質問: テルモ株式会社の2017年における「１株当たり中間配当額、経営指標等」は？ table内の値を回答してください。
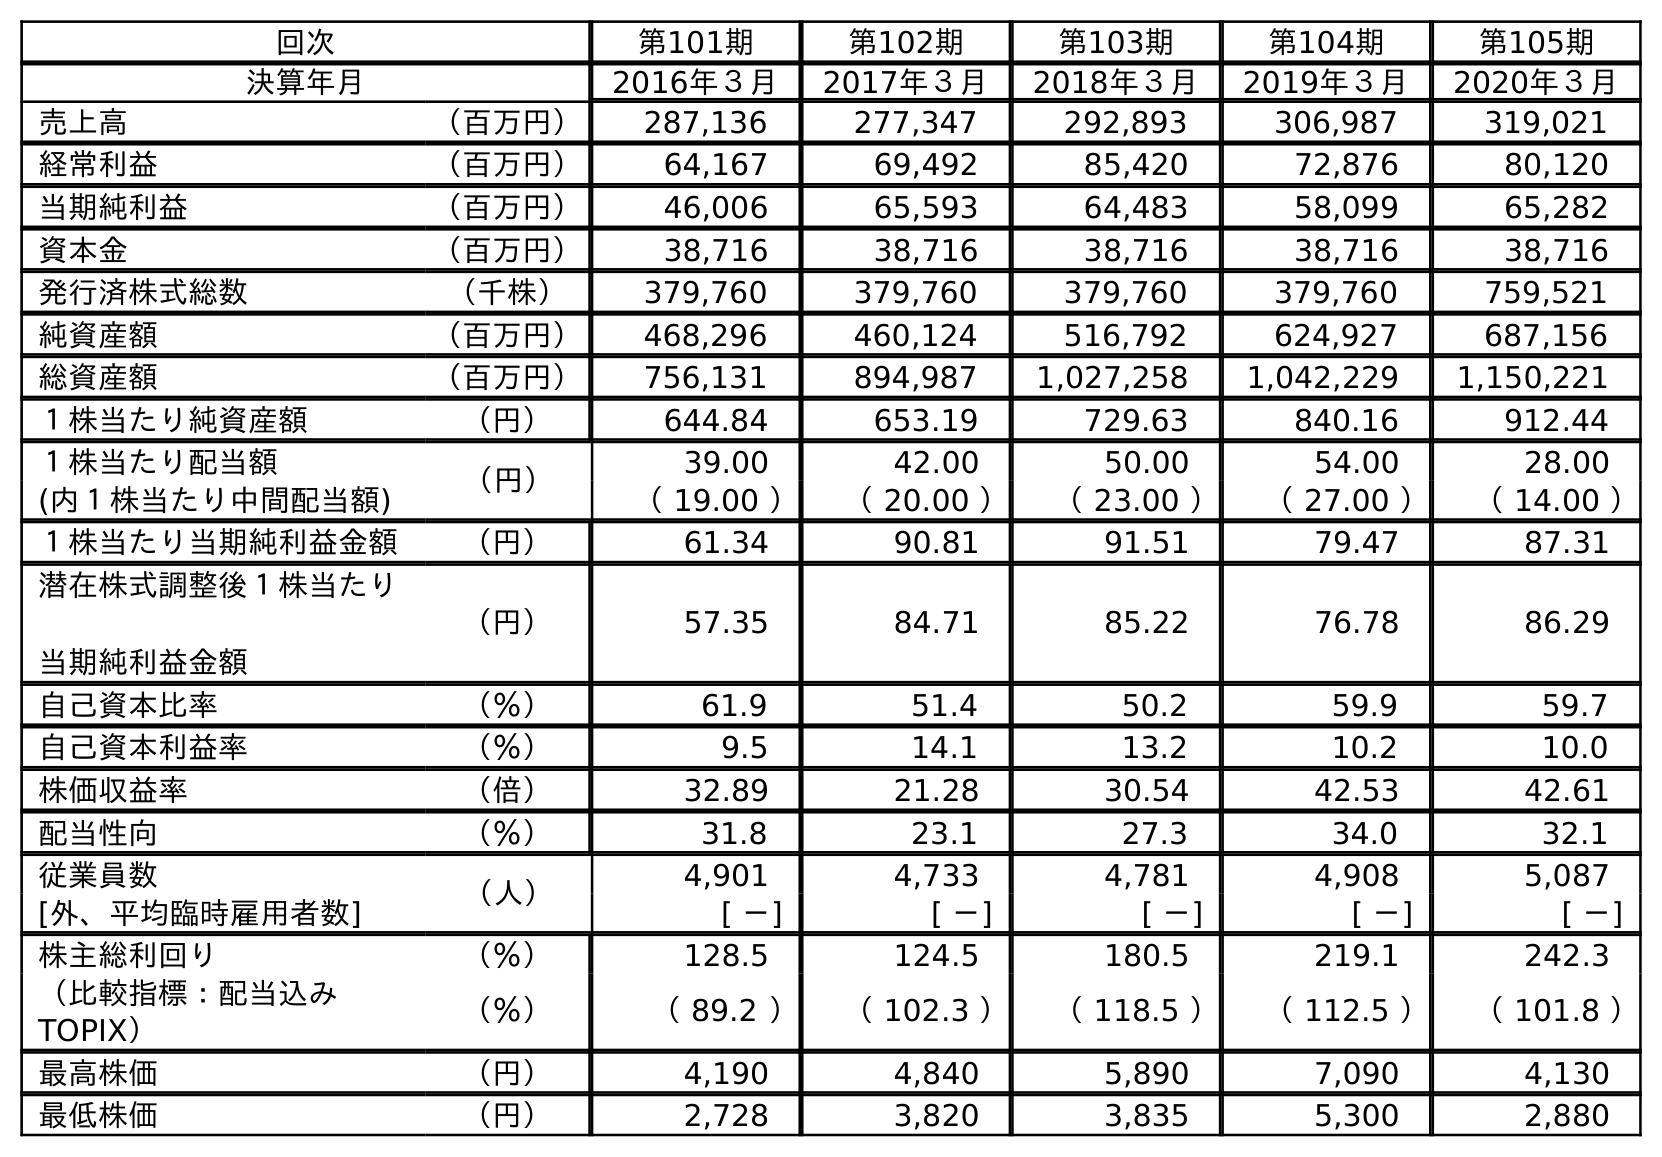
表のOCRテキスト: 回次 第101期 第102期 第103期 第104期 第105期 決算年月 2016年３月 2017年３月 2018年３月 2019年３月 2020年３月 売上高 （百万円） 287,136 277,347 292,893 306,987 319,021 経常利益 （百万円） 64,167 69,492 85,420 72,876 80,120 当期純利益 （百万円） 46,006 65,593 64,483 58,099 65,282 資本金 （百万円） 38,716 38,716 38,716 38,716 38,716 発行済株式総数 （千株） 379,760 379,760 379,760 379,760 759,521 純資産額 （百万円） 468,296 460,124 516,792 624,927 687,156 総資産額 （百万円） 756,131 894,987 1,027,258 1,042,229 1,150,221 １株当たり純資産額 （円） 644.84 653.19 729.63 840.16 912.44 １株当たり配当額 （円） 39.00 42.00 50.00 54.00 28.00 (内１株当たり中間配当額) （ 19.00 ） （ 20.00 ） （ 23.00 ） （ 27.00 ） （ 14.00 ） １株当たり当期純利益金額 （円） 61.34 90.81 91.51 79.47 87.31 潜在株式調整後１株当たり 当期純利益金額 （円） 57.35 84.71 85.22 76.78 86.29 自己資本比率 （％） 61.9 51.4 50.2 59.9 59.7 自己資本利益率 （％） 9.5 14.1 13.2 10.2 10.0 株価収益率 （倍） 32.89 21.28 30.54 42.53 42.61 配当性向 （％） 31.8 23.1 27.3 34.0 32.1 従業員数 （人） 4,901 4,733 4,781 4,908 5,087 [外、平均臨時雇用者数] [ －] [ －] [ －] [ －] [ －] 株主総利回り （％） 128.5 124.5 180.5 219.1 242.3 （比較指標：配当込み TOPIX） （％） （ 89.2 ） （ 102.3 ） （ 118.5 ） （ 112.5 ） （ 101.8 ） 最高株価 （円） 4,190 4,840 5,890 7,090 4,130 最低株価 （円） 2,728 3,820 3,835 5,300 2,880
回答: （20.00）